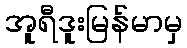
အူရီဒူးမြန်မာမှ